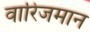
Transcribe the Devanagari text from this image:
वारिजमान